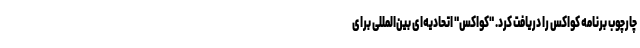
چارچوب برنامه کواکس را دریافت کرد. "کواکس" اتحادیه‌ای بین‌المللی برای